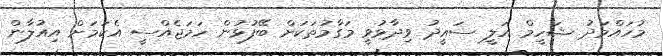
މުހައްމަދު ޝަހީމް އަލީ ސައީދު ވިދާޅުވީ މަގާމުތަކަށް ބޭފުޅުން ހަމަޖެއްސީ އެކަމަށް އިއުލާން